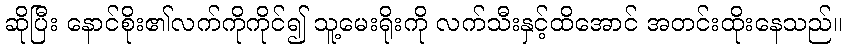
ဆိုပြီး နောင်စိုး၏လက်ကိုကိုင်၍ သူ့မေးရိုးကို လက်သီးနှင့်ထိအောင် အတင်းထိုးနေသည်။